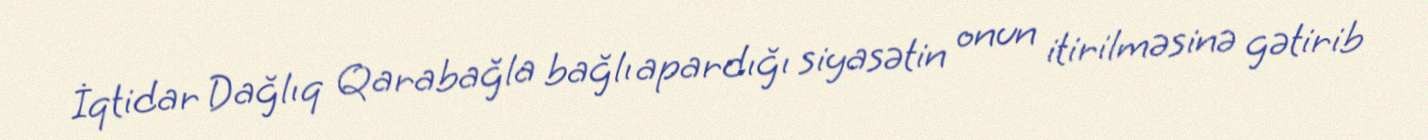
İqtidar Dağlıq Qarabağla bağlı apardığı siyasətin onun itirilməsinə gətirib